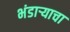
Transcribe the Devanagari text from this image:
भंडार्‍याचा